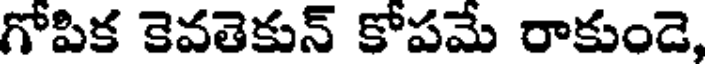
గోపిక కెవతెకున్ కోపమే రాకుండె,